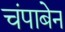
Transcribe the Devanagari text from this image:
चंपाबेन